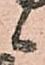
候